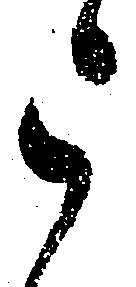
被